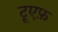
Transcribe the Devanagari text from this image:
टूएफ़